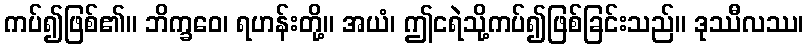
ကပ်၍ဖြစ်၏။ ဘိက္ခဝေ၊ ရဟန်းတို့။ အယံ၊ ဤငရဲသို့ကပ်၍ဖြစ်ခြင်းသည်။ ဒုဿီလဿ၊